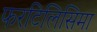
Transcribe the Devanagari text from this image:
फरटिलिसिमा